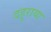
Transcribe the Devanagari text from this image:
दहुराया